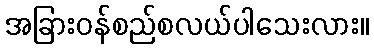
အခြားဝန်စည်စလယ်ပါသေးလား။